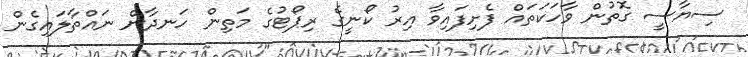
ސިޔާސީ ގޮތުން ވާހަކަތައް ފެށިފައިވާ އިރު ކޯނީގެ ރިޕޯޓުގެ މަތިން ހަނދާން ނައްތާލައިގެން